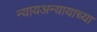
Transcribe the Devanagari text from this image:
न्यायअन्यायाच्या